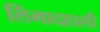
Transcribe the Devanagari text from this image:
लिंगादहाली